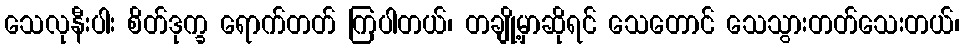
သေလုနီးပါး စိတ်ဒုက္ခ ရောက်တတ် ကြပါတယ်၊ တချို့မှာဆိုရင် သေတောင် သေသွားတတ်သေးတယ်၊